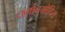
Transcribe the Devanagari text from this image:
धर्मानुमोदित